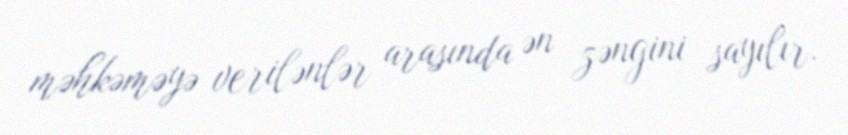
məhkəməyə verilənlər arasında ən zəngini sayılır.